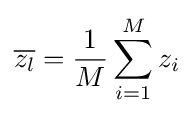
{\overline {z_{l}}}={\frac {1}{M}}\sum _{i=1}^{M}{z_{i}}